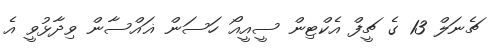
ޗެނަލް 13 ގެ ޗީފް އެކްޓިން ސީއީއޯ ހަސަން ޣައްސާން ވިދާޅުވީ އެ